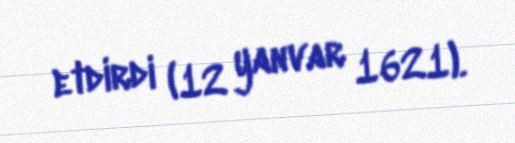
etdirdi (12 yanvar 1621).